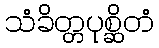
သံခိတ္တပုစ္ဆိတံ